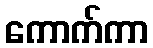
ကောက်ကာ